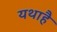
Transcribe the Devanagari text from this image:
यथाहै